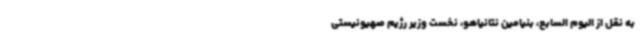
به نقل از الیوم السابع، بنیامین نتانیاهو، نخست وزیر رژیم صهیونیستی